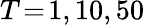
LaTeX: T\! =\! 1,10,50